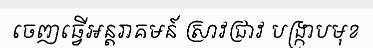
ចេញធ្វើអន្តរាគមន៍ ស្រាវជ្រាវ បង្ក្រាបមុខ